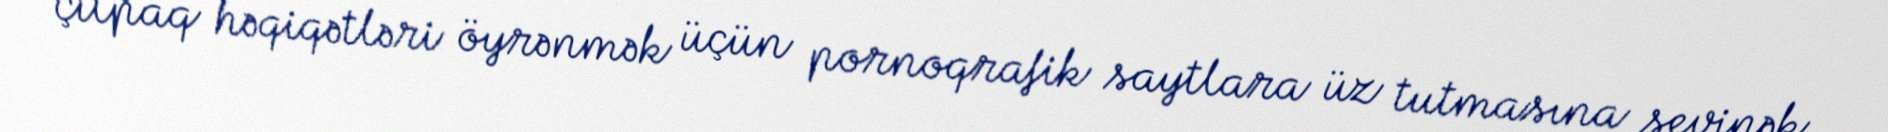
çılpaq həqiqətləri öyrənmək üçün pornoqrafik saytlara üz tutmasına sevinək.